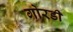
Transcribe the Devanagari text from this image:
गोरडी